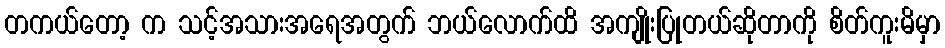
တကယ်တော့ က သင့်အသားအရေအတွက် ဘယ်လောက်ထိ အကျိုးပြုတယ်ဆိုတာကို စိတ်ကူးမိမှာ